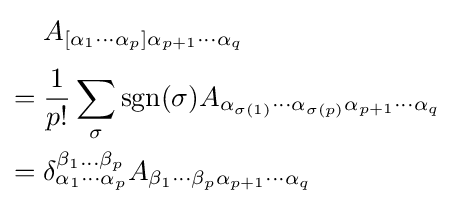
{\begin{aligned}&A_{[\alpha _{1}\cdots \alpha _{p}]\alpha _{p+1}\cdots \alpha _{q}}\\[3pt]={}&{\dfrac {1}{p!}}\sum _{\sigma }\operatorname {sgn} (\sigma )A_{\alpha _{\sigma (1)}\cdots \alpha _{\sigma (p)}\alpha _{p+1}\cdots \alpha _{q}}\\={}&\delta _{\alpha _{1}\cdots \alpha _{p}}^{\beta _{1}\dots \beta _{p}}A_{\beta _{1}\cdots \beta _{p}\alpha _{p+1}\cdots \alpha _{q}}\\\end{aligned}}